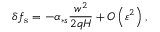
\delta f _ { \mathrm { s } } = - \alpha _ { \ast s } \frac { w ^ { 2 } } { 2 q H } + O \left( \varepsilon ^ { 2 } \right) ,